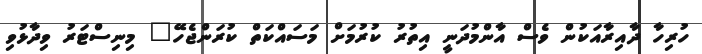
ހުރިހާ ދާއިރާއަކުން ވެސް އާންމުދަނީ އިތުރު ކުރުމަށް މަސައްކަތް ކުރަންޖެހޭ" މިނިސްޓަރު ވިދާޅުވި